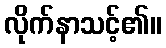
လိုက်နာသင့်၏။